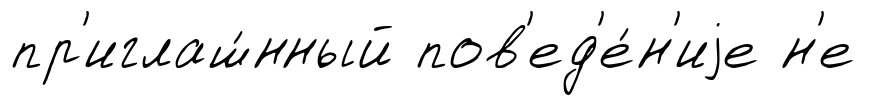
пр'иглаш́нный пов'ед'е́н'иjе н'е